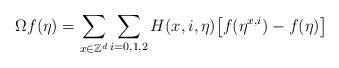
LaTeX: \begin{align*}\Omega f(\eta)=\sum_{x\in\mathbb{Z}^d}\sum_{i=0,1,2}H(x,i,\eta)\big[f(\eta^{x,i})-f(\eta)\big]\end{align*}